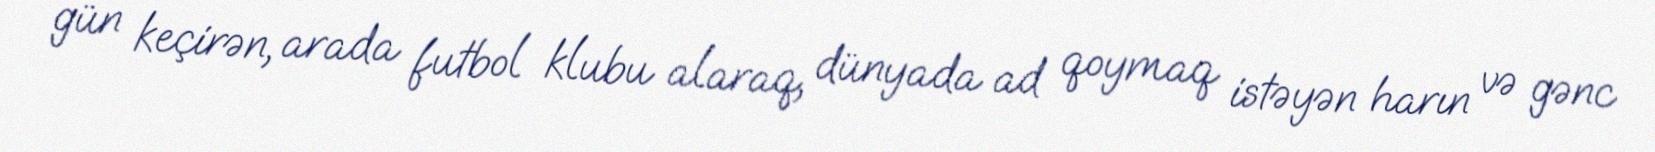
gün keçirən, arada futbol klubu alaraq, dünyada ad qoymaq istəyən harın və gənc